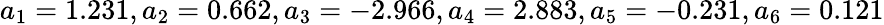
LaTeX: a_{1}=1.231,a_{2}=0.662,a_{3}=-2.966,a_{4}=2.883,a_{5}=-0.231,a_{6}=0.121